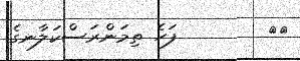
٤٠        ފަހެ ތިމަންރަސްކަލާނގެ